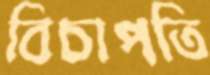
বিচাপতি